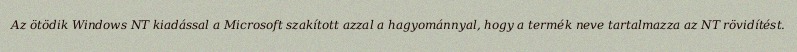
Az ötödik Windows NT kiadással a Microsoft szakított azzal a hagyománnyal, hogy a termék neve tartalmazza az NT rövidítést.